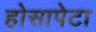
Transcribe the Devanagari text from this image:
होसापेटा